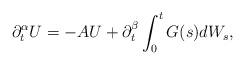
LaTeX: \begin{align*} \partial^{\alpha}_t U=-AU+\partial^{\beta}_t\int^t_0 G(s)dW_s,\end{align*}